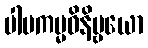
ပါပကမ္မဝိနိဗ္ဗယော